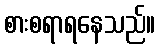
စားစရာရနေသည်။